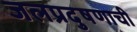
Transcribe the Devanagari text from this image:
जलप्रदुषणाची